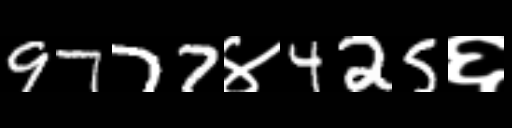
Text: 9777४425६